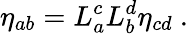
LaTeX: \eta_{ab}=L_{a}^{c}L_{b}^{d}\eta_{cd}~.